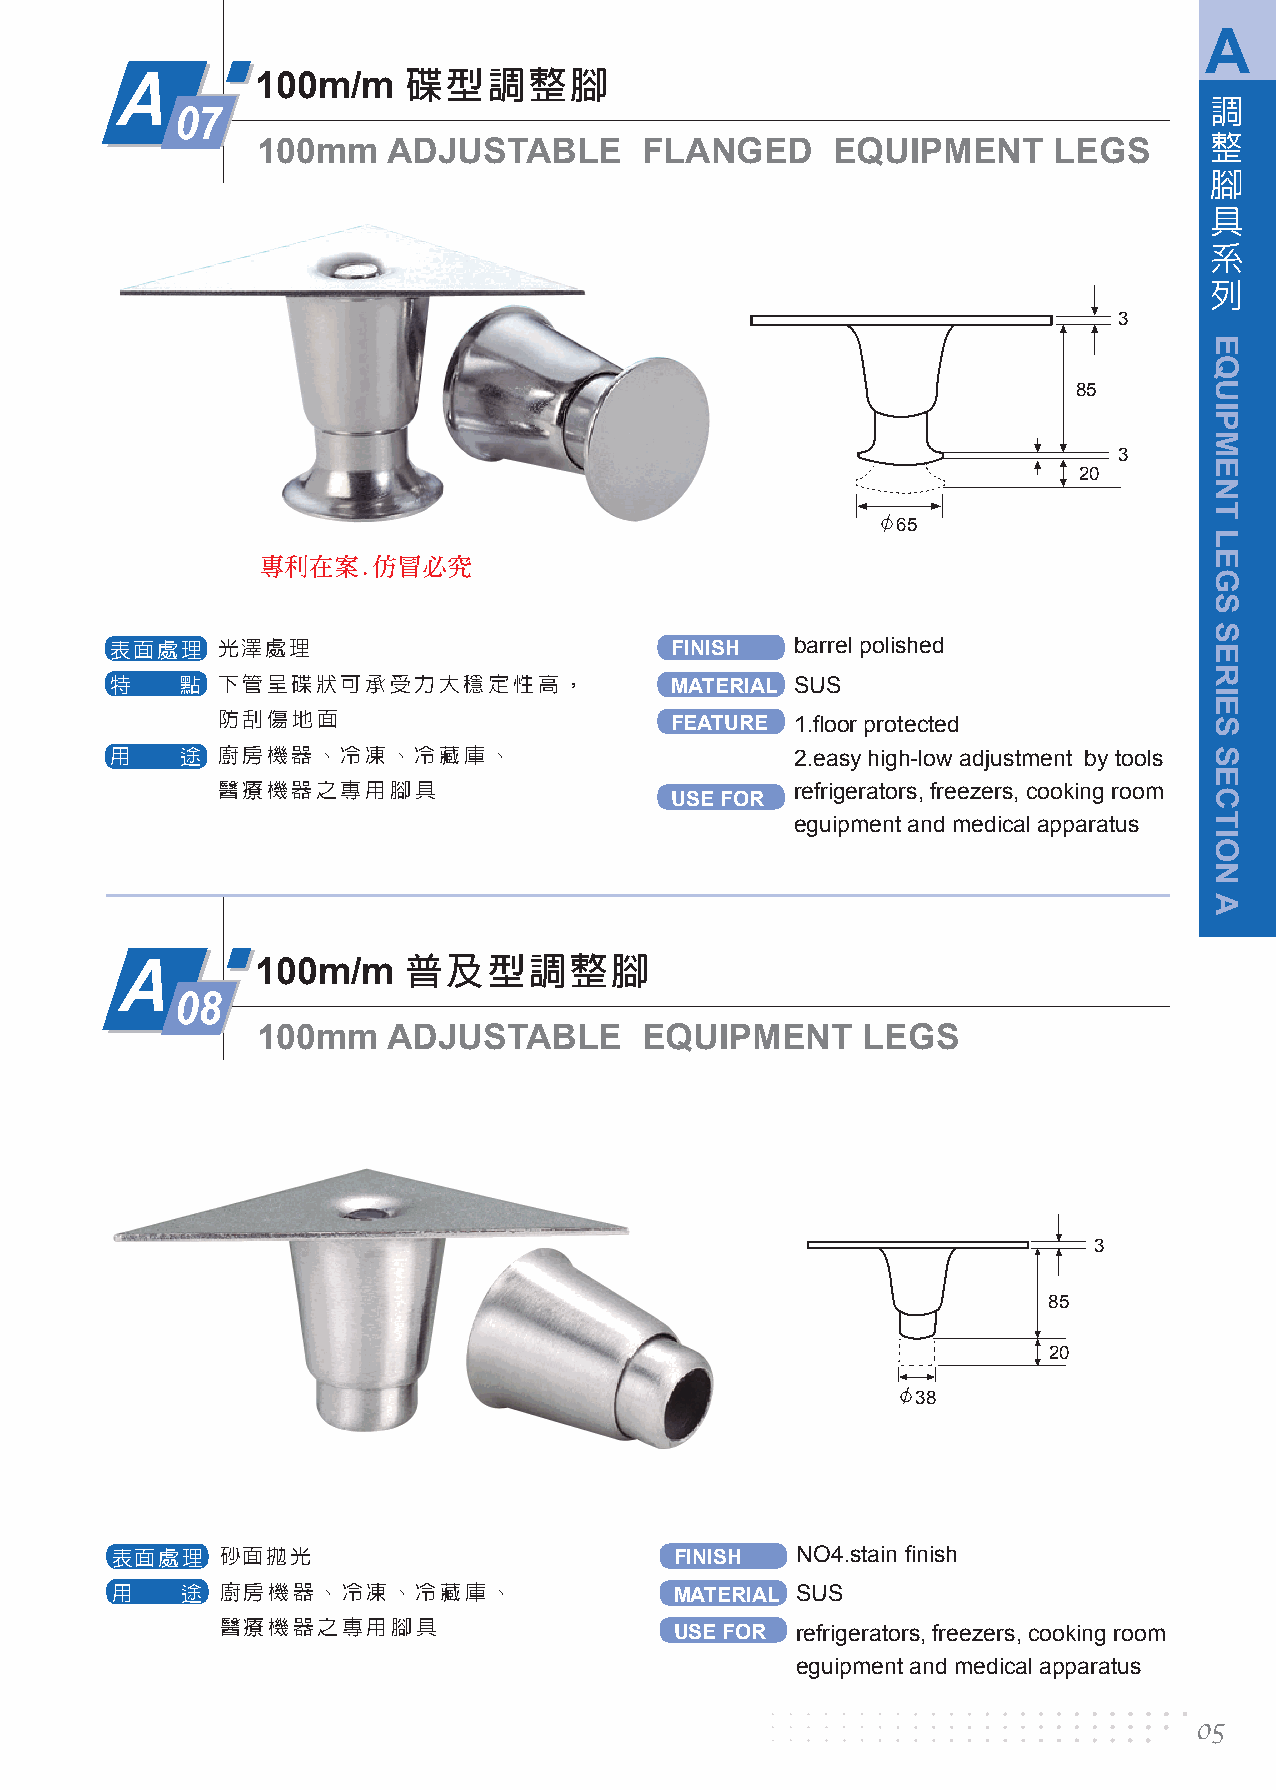
A
 碟型調整腳
 A        100m/m
 調
 07
 整
 100mm    ADJUSTABLE       FLANGED     EQUIPMENT      LEGS
 腳
 具
 系
 列
 3
 85
 3
 20
 65
 專利在案.仿冒必究
 表面處理   光澤處理                          FINISH   barrel polished
 特    點 下管呈碟狀可承受力大穩定性高，               MATERIAL SUS
 防刮傷地面
 FEATURE  1.floor protected
 用    途 廚房機器、冷凍、冷藏庫、                           2.easy high-low adjustment by tools
 醫療機器之專用腳具                              refrigerators, freezers, cooking room
 USE FOR
 eguipment and medical apparatus
 普及型調整腳
 A        100m/m
 08
 100mm    ADJUSTABLE       EQUIPMENT     LEGS
 3
 85
 20
 38
 表面處理    砂面拋光                          FINISH  NO4.stain finish
 用    途  廚房機器、冷凍、冷藏庫、                  MATERIAL SUS
 醫療機器之專用腳具
 USE FOR refrigerators, freezers, cooking room
 eguipment and medical apparatus
 05
 EQUIPMENT
 LEGS
 SERIES
 SECTION
 A